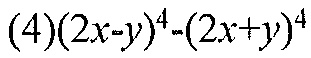
(4)\((2x - y)^{4}-(2x + y)^{4}\)